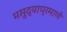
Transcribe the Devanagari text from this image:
मसुद्याप्रमाणे